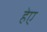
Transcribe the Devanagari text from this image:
हेए